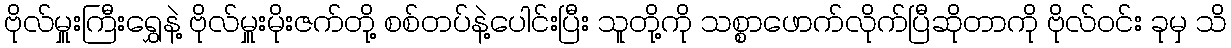
ဗိုလ်မှူးကြီးရွှေနဲ့ ဗိုလ်မှူးမိုးဇက်တို့ စစ်တပ်နဲ့ပေါင်းပြီး သူတို့ကို သစ္စာဖောက်လိုက်ပြီဆိုတာကို ဗိုလ်ဝင်း ခုမှ သိ